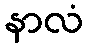
နာလံ